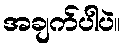
အချက်ပါပဲ။